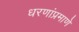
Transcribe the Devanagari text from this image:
धरणांप्रमाणे